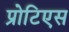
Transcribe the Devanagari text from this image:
प्रोटिएस